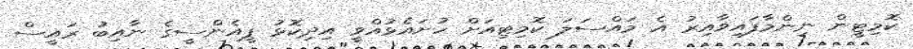
ކޮމިޓީން ނިންމާފައިޥާއިރު އެ މައްސަލަ ކޮމިޓިއަށް ހުށައެޅުއްވީ އިދިކޮޅު ޕީއެންސީގެ ނާއިބު ރައީސް